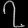
Digit: ၇